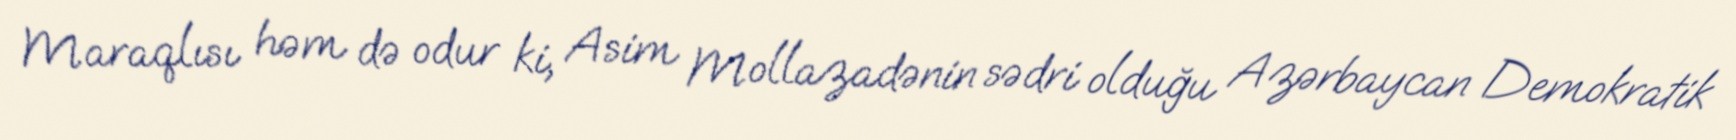
Maraqlısı həm də odur ki, Asim Mollazadənin sədri olduğu Azərbaycan Demokratik